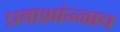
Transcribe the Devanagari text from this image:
प्रवाशांन्नाच